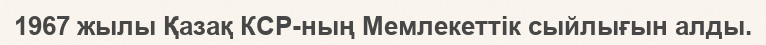
1967 жылы Қазақ КСР-ның Мемлекеттік сыйлығын алды.